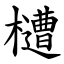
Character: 㯾